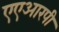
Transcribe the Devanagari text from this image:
एएआरपी